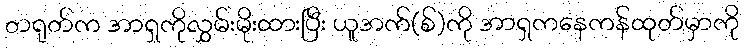
တရုတ်က အာရှကိုလွှမ်းမိုးထားပြီး ယူအက်(စ်)ကို အာရှကနေကန်ထုတ်မှာကို